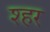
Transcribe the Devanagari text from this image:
श्हर